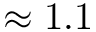
\approx 1 . 1